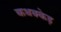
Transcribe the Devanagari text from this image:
कथक्केड़